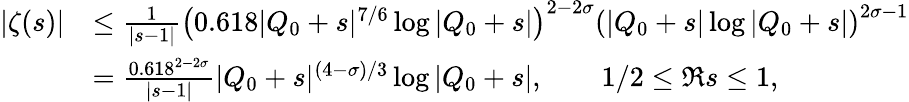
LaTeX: \begin{array}{rl}{|\zeta(s)|}&{\le\frac{1}{|s-1|}\left(0.618|Q_{0}+s|^{7/6}\log|Q_{0}+s|\right)^{2-2\sigma}\left(|Q_{0}+s|\log|Q_{0}+s|\right)^{2\sigma-1}}\\ &{=\frac{0.618^{2-2\sigma}}{|s-1|}|Q_{0}+s|^{(4-\sigma)/3}\log|Q_{0}+s|,\qquad 1/2\le\Re s\le 1,}\end{array}